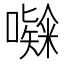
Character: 𭋸